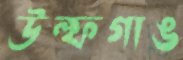
উল্ফগাঙ